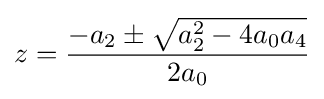
z={\frac {-a_{2}\pm {\sqrt {a_{2}^{2}-4a_{0}a_{4}}}}{2a_{0}}}\,\!